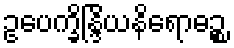
ဥပေက္ခိန္ဒြိယနိရောဓဉ္စ